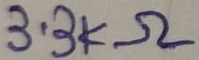
Text: 3.3KΩ